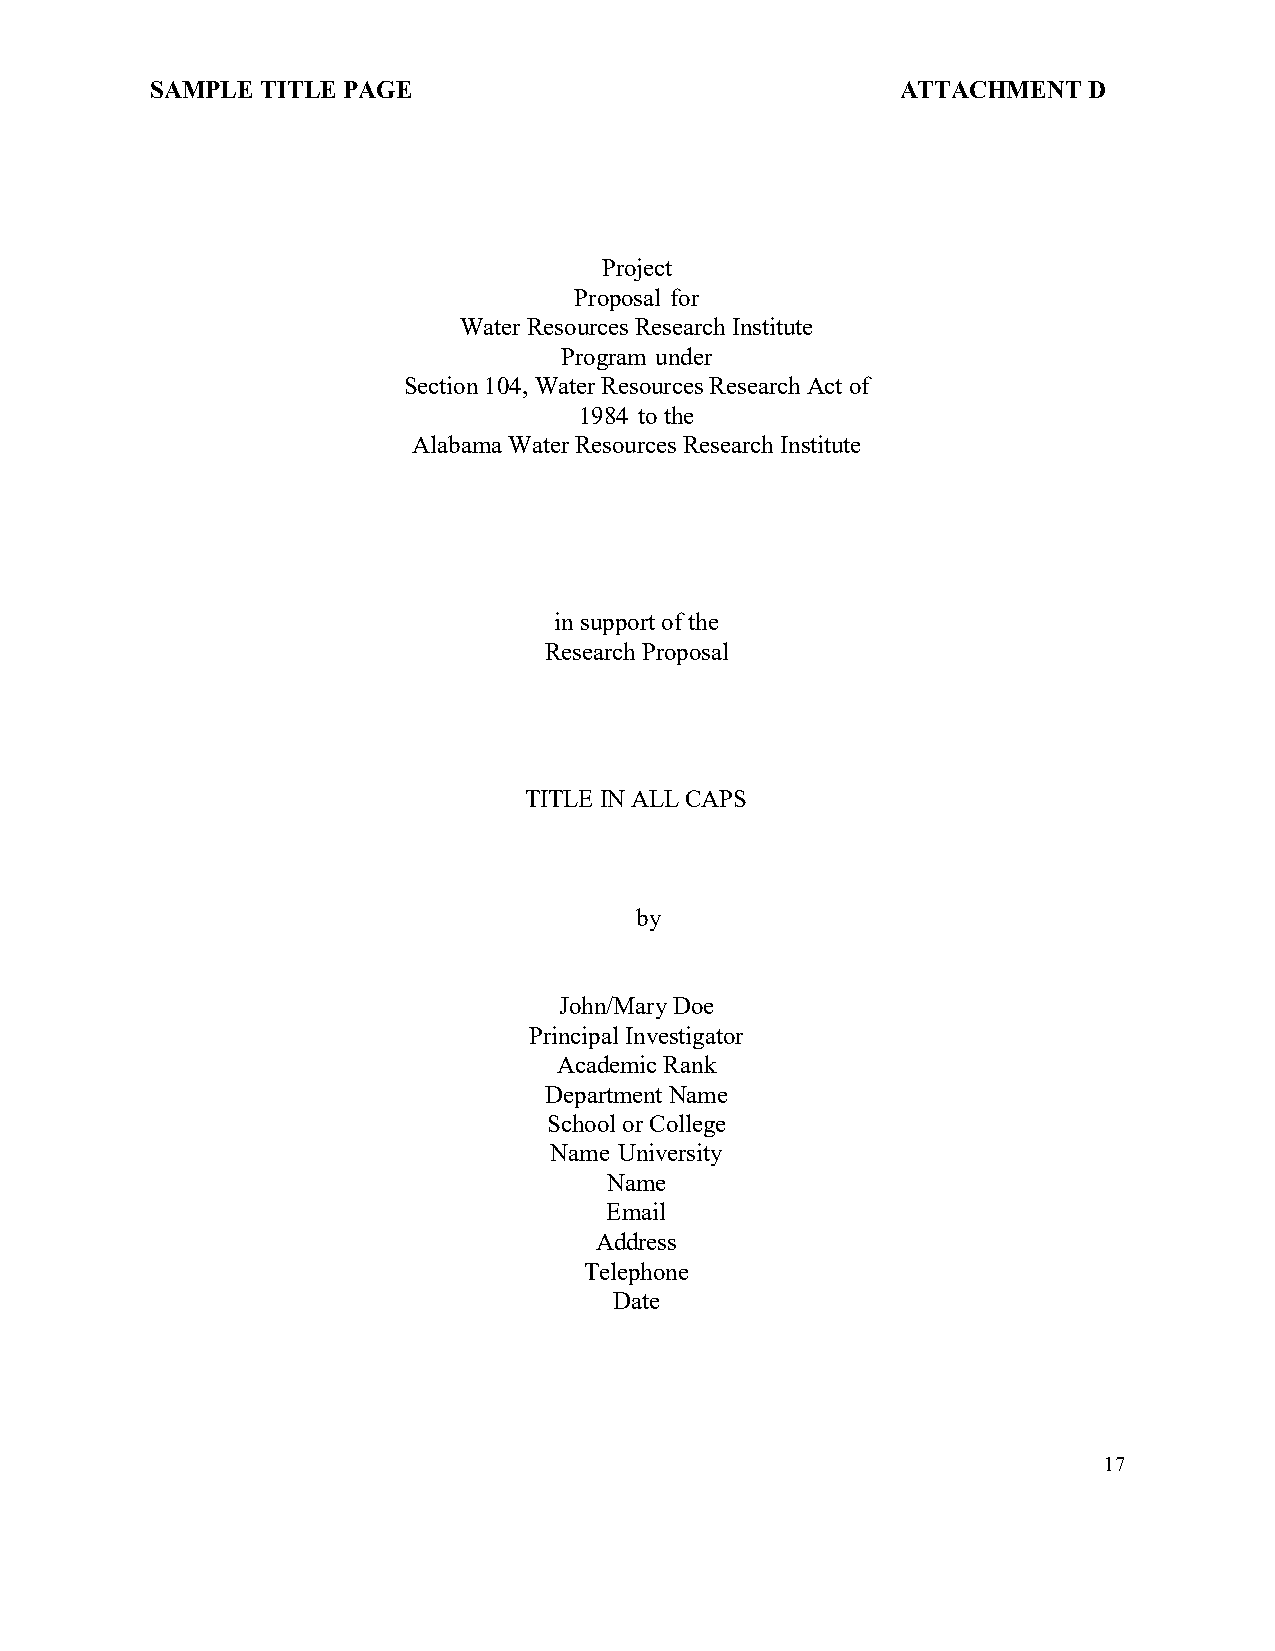
SAMPLE TITLE PAGE                                 ATTACHMENT  D
 Project
 Proposal for
 Water Resources Research Institute
 Program under
 Section 104, Water Resources Research Act of
 1984 to the
 Alabama Water Resources Research Institute
 in support of the
 Research Proposal
 TITLE IN ALL CAPS
 by
 John/Mary Doe
 Principal Investigator
 Academic Rank
 Department Name
 School or College
 Name University
 Name
 Email
 Address
 Telephone
 Date
 17